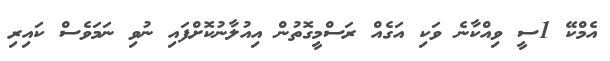
އެމްކޭ 1ސީ ވިއްކާނެ ވަކި އަގެއް ރަސްމީގޮތުން އިއުލާނުކޮށްފައި ނުވި ނަމަވެސް ކައިރި